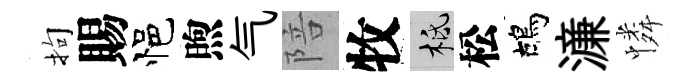
拘賜悒煦气陪牧柢松鴣濓憐